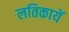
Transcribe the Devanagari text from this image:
लतिकायें